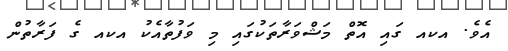
އެވެ. އކއ ގައި އޮތް މަޝްވަރާތަކުގައި މި ވަފުތާއެކު އކއ ގެ ފަރާތުން